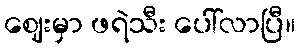
ဈေးမှာ ဖရဲသီး ပေါ်လာပြီ။